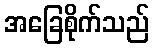
အခြေစိုက်သည်